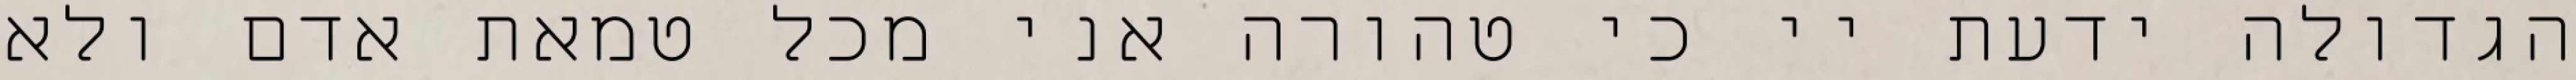
הגדולה ידעת יי כי טהורה אני מכל טמאת אדם ולא